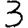
Digit: 3